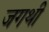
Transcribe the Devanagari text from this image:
जगथी